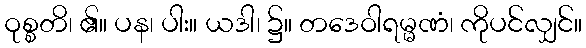
ဝုစ္စတိ၊ ၏။ ပန၊ ပါး။ ယဒါ၊ ၌။ တဒေဝါရမ္မဏံ၊ ကိုပင်လျှင်။